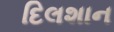
દિલશાન